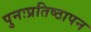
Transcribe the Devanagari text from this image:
पुनःप्रतिष्ठापन